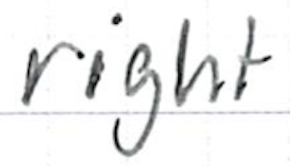
Text: right
Cross-out: clean
Writing tool: ballpoint